Senior Leaving Certificate Examination (including Day School Certificate (Higher) General paper), 1948
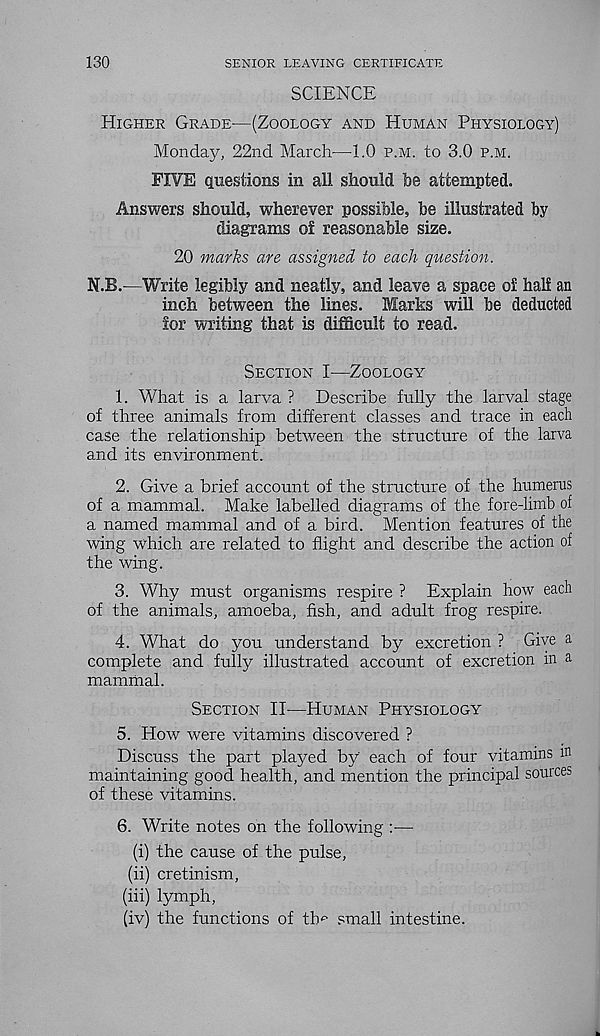
130
SENIOR LEAVING CERTIFICATE
SCIENCE
Higher Grade'—(Zoology and Human Physiology)
Monday, 22nd March—1.0 p.m. to 3.0 p.m.
FIVE questions in all should be attempted.
Answers should, wherever possible, be illustrated by
diagrams of reasonable size.
20 marks are assigned to each question.
N.B.—Write legibly and neatly, and leave a space of half an
inch between the lines. Marks will be deducted
for writing that is difficult to read.
Section I—Zoology
1. What is a larva ? Describe fully the larval stage
of three animals from different classes and trace in each
case the relationship between the structure of the larva
and its environment.
2. Give a brief account of the structure of the humerus
of a mammal. Make labelled diagrams of the fore-limb of
a named mammal and of a bird. Mention features of the
wing which are related to flight and describe the action of
the wing.
3. Why must organisms respire ? Explain how each
of the animals, amoeba, fish, and adult frog respire.
4. What do you understand by excretion ? Give a
complete and fully illustrated account of excretion in a
mammal.
Section II-—Human Physiology
5. How were vitamins discovered ?
Discuss the part played by each of four vitamins m
maintaining good health, and mention the principal sources
of these vitamins.
6. Write notes on the following :—
(i) the cause of the pulse,
(ii) cretinism,
(iii) lymph,
(iv) the functions of tlw small intestine.